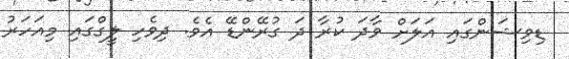
ޑިވިޝަންގައި އަލަށް ވާދަ ކުރާ ދަ ގުރޭންޑޭ އެވެ. ދިވެހި ލީގްގައި މިއަހަރު